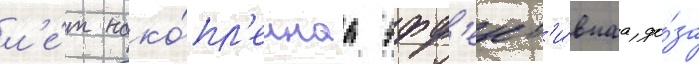
л'е́т нако́пл'еннаа эфф'ект'и́внаа до́за